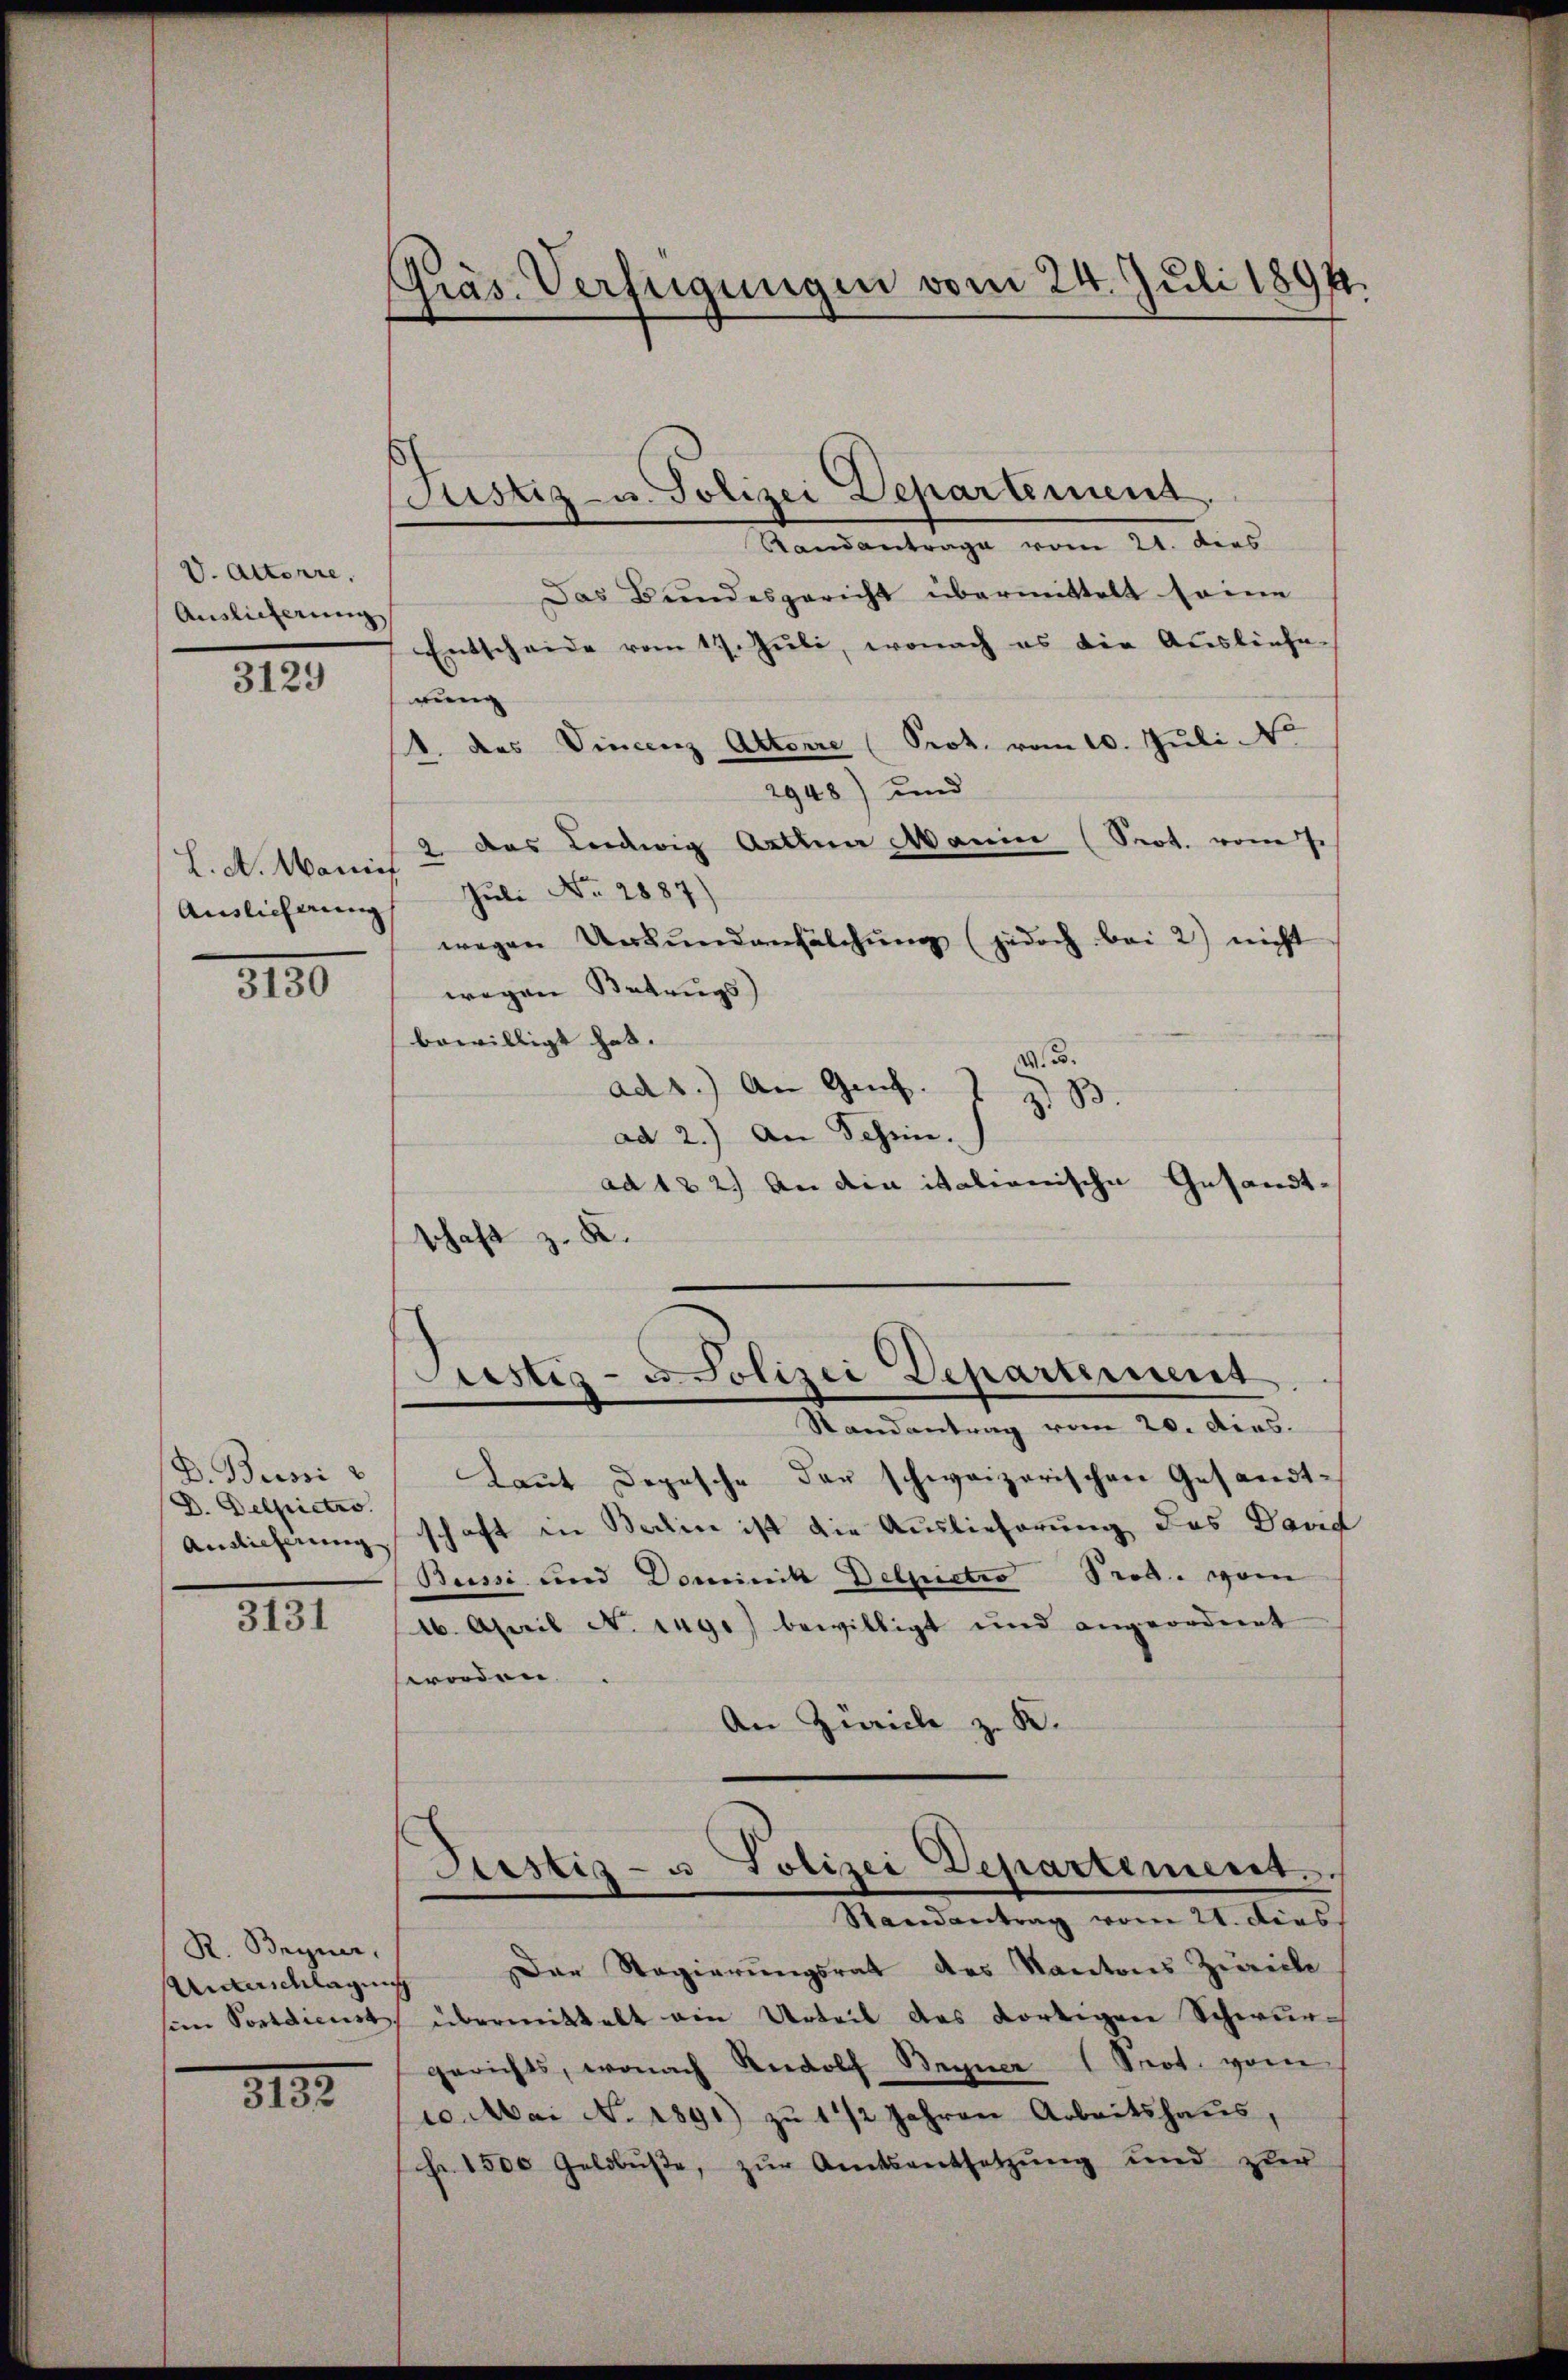
V. Attenre
Auslieferung

3129

L. A. Manif
Auslicherung

3100

D. Bussi
D. Delpietro
Auslieferung

3131

R. Bryner.
Unterschlagung

8132.

Präs. Verfügungen vom 24. Juli 1894.

Justiz- u. Polizei Departement.

Randantrage vom 21. dies
Das Bundesgericht übermittelt seine
Entscheide vom 17. Juli, wonach es die Ausliefe
rung
1. das Vincenz Altorre (Prot. vom 10. Jŭli Ne
2948) und
2 das Leidwig Arten Manin (Prot. vom J.
Juli No 2887)
wegen Urkundanhälchŭng (jedoch bei 2) nicht
wegen Betrugs
bewilligt hat.
A. B.
ad1.) An Ges. 1 2 B
ad 2.) An Schen.
ad 122.) An die italienische Gesandt-
schaft z. K.

Justiz- u. Polizei Departiment

Randantrag vom 20. dies.
Laut Depesche der schweizerischen Gesandtschaft in Berlin ist die Auslieferung des David
Bussi und Dominik Delpietro Prod. vom
16. April N. Tage) bewilligt und angeordnet
worden.
An Zürich z. K.
Justiz- u Polizei Departement.
Randantrag vom 21. Dies
Der Regierungsrat des Kantons Zürich
sien Postdienst übermittelt ein Urteil des dortigen Schwurgerichts, wonach Rudolf Begner 1 Prot. vom
20. Mai No 1891) zu 1 1/2 Jahren Arbeitshaus,
Fr. 1500 Geldbuste, zur Amtsentsetzung und zuer